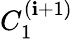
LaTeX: C_{1}^{(\mathbf{i}+1)}